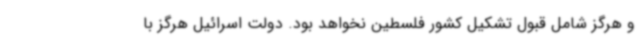
و هرگز شامل قبول تشکیل کشور فلسطین نخواهد بود. دولت اسرائیل هرگز با